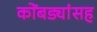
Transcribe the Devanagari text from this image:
कोंबड्यांसह